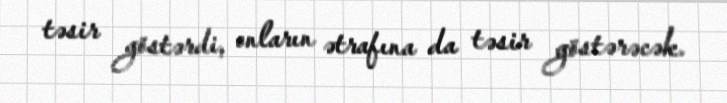
təsir göstərdi, onların ətrafına da təsir göstərəcək.